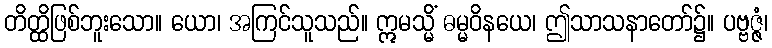
တိတ္ထိဖြစ်ဘူးသော။ ယော၊ အကြင်သူသည်။ ဣမသ္မိံ ဓမ္မဝိနယေ၊ ဤသာသနာတော်၌။ ပဗ္ဗဇ္ဇံ၊